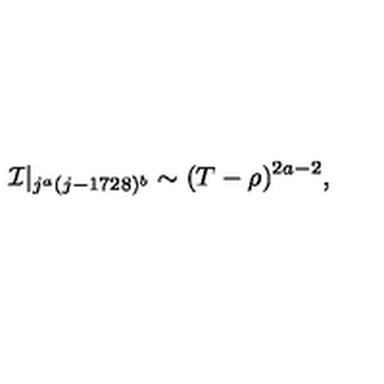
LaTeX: { \cal I } | _ { j ^ { a } ( j - 1 7 2 8 ) ^ { b } } \sim ( T - \rho ) ^ { 2 a - 2 } ,